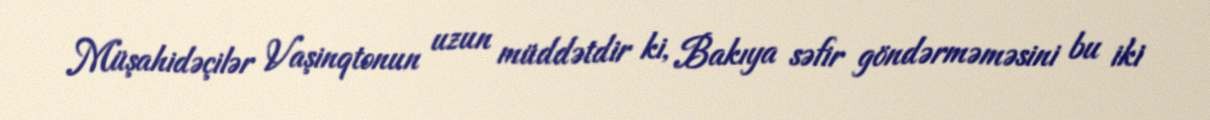
Müşahidəçilər Vaşinqtonun uzun müddətdir ki, Bakıya səfir göndərməməsini bu iki